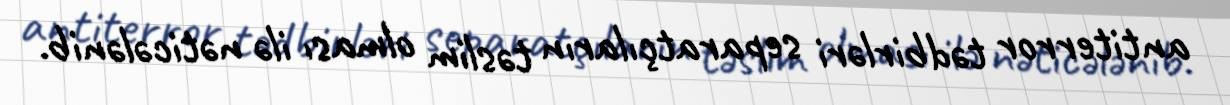
antiterror tədbirləri separatçıların təslim olması ilə nəticələnib.